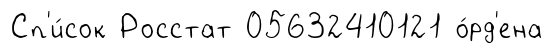
Сп'и́сок Росстат 05632410121 о́рд'ена